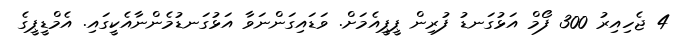
4 ޖެހިއިރު 300 ފޯމް އަޅުގަނޑު ފުރިން ޕީޕީއެމަށް. ވަޑައިގަންނަވާ އަޅުގަނޑުމެންނާއެކީގައި. އެމްޑީޕީގެ